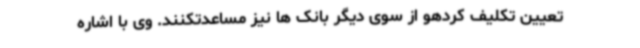
تعیین تکلیف کردهو از سوی دیگر بانک ها نیز مساعدتکنند. وی با اشاره